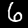
Label: 6